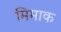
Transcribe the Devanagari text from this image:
मिमाक